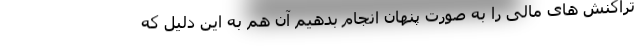
تراکنش های مالی را به صورت پنهان انجام بدهیم آن هم به این دلیل که